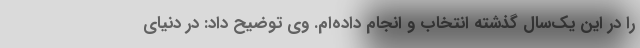
را در این یک‌سال گذشته انتخاب و انجام داده‌ام. وی توضیح داد: در دنیای